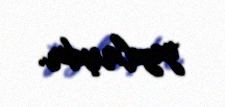
yazılmışdır.